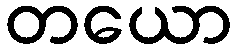
တယော